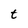
Character: t